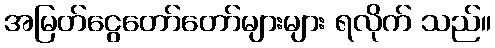
အမြတ်ငွေတော်တော်များများ ရလိုက် သည်။